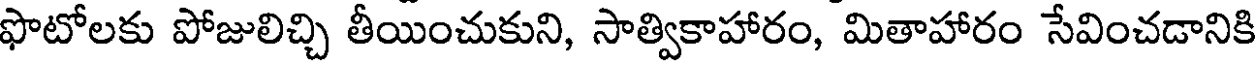
ఫొటోలకు పోజులిచ్చి తీయించుకుని, సాత్వికాహారం, మితాహారం సేవించడానికి